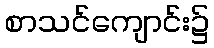
စာသင်ကျောင်း၌